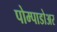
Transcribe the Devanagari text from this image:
पोम्पाडोअर